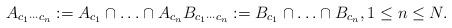
LaTeX: \begin{align*} A_{c_{1}\cdots c_{n}} := A_{c_{1}} \cap \ldots \cap A_{c_{n}} B_{c_{1}\cdots c_{n}} := B_{c_{1}} \cap \ldots \cap B_{c_{n}}, 1 \leq n \leq N. \end{align*}